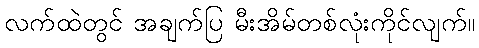
လက်ထဲတွင် အချက်ပြ မီးအိမ်တစ်လုံးကိုင်လျက်။